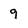
Character: 9